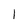
Character: 1